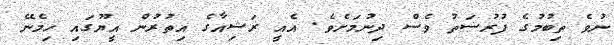
ނުވެ ތިބުމުގެ ފުރުސަތު ވެސް ދިނުމަށެވެ. އެއީ ރަޝިއާގެ އިތުރުން އީޔޫގައި ހިމެނޭ